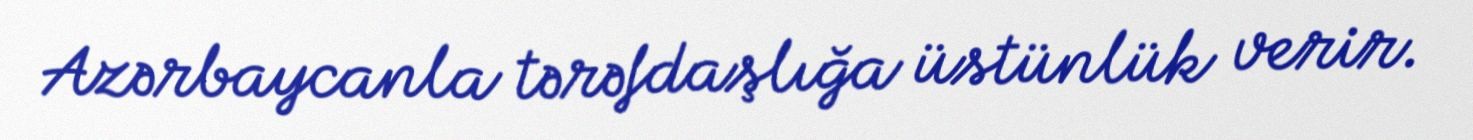
Azərbaycanla tərəfdaşlığa üstünlük verir.